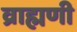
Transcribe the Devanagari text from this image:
व्राह्मणी